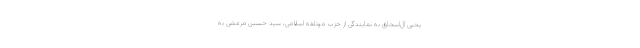
یحیی آل‌اسحاق به نمایندگی از حزب موتلفه اسلامی، سید حسین مرعشی به